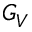
G _ { V }